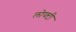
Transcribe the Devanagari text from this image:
लोफ्टी